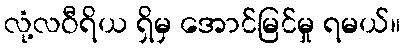
လုံ့လဝီရိယ ရှိမှ အောင်မြင်မှု ရမယ်။